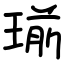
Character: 瑐